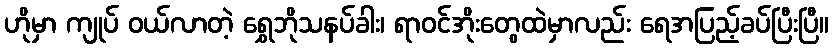
ဟိုမှာ ကျုပ် ဝယ်လာတဲ့ ရွှေဘိုသနပ်ခါး၊ ရာဝင်အိုးတွေထဲမှာလည်း ရေအပြည့်ခပ်ပြီးပြီ။